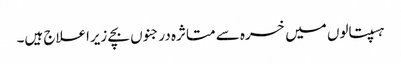
ہسپتالوں میں خسرہ سے متاثرہ درجنوں بچے زیراعلاج ہیں۔